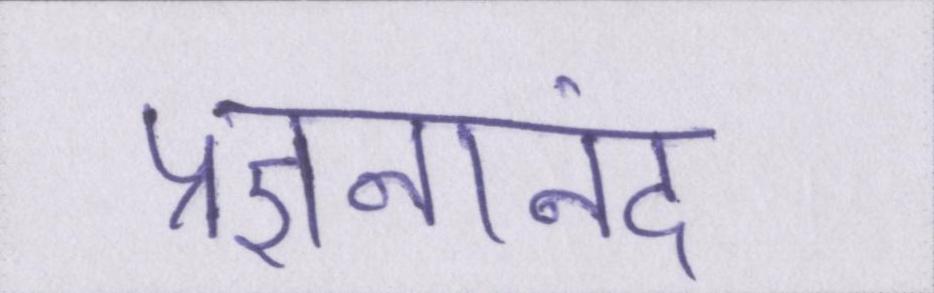
प्रज्ञनानंद